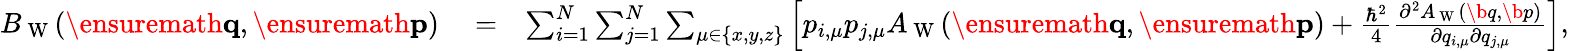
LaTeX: \begin{array}{rlr}{B_{\mathrm{~W~}}(\ensuremath{\mathbf{q}},\ensuremath{\mathbf{p}})}&{{}=}&{\sum_{i=1}^{N}\sum_{j=1}^{N}\sum_{\mu\in\{ x,y,z\} }\left[p_{i,\mu}p_{j,\mu}A_{\mathrm{~W~}}(\ensuremath{\mathbf{q}},\ensuremath{\mathbf{p}})+\frac{\hbar^{2}}{4}\frac{\partial^{2}A_{\mathrm{~W~}}(\b{q},\b{p})}{\partial q_{i,\mu}\partial q_{j,\mu}}\right],}\end{array}